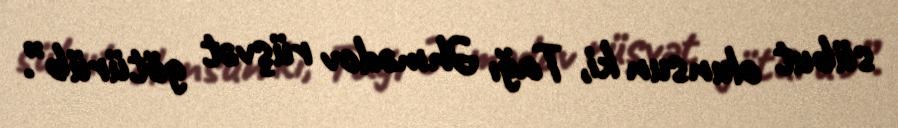
sübut olunsun ki, Tağı Əhmədov rüşvət götürüb”.